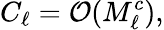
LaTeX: C_{\ell}=\mathcal{O}(M_{\ell}^{c}),